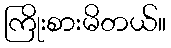
ကြိုးစားမိတယ်။